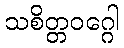
သစိတ္တဝဂ္ဂေါ